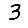
Digit: 3